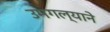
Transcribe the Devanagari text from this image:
उमगल्याने